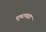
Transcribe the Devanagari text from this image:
पृष्‍ठभाग